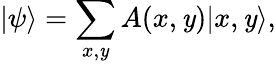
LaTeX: |\psi\rangle=\sum_{x,\mathit{y}}A(x,\mathit{y})|x,\mathit{y}\rangle,